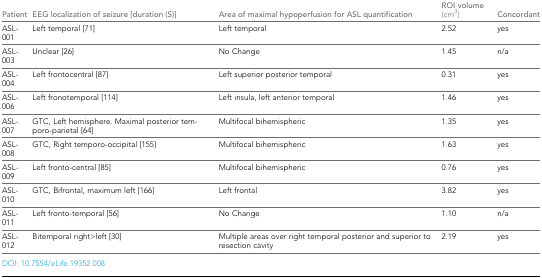
<table><thead><tr><td><b>Patient</b></td><td><b>EEG localization of seizure [duration (S)]</b></td><td><b>Area of maximal hypoperfusion for ASL quantification</b></td><td><b>ROI volume (cm<sup>3</sup>)</b></td><td><b>Concordant</b></td></tr></thead><tbody><tr><td>ASL-001</td><td>Left temporal [71]</td><td>Left temporal</td><td>2.52</td><td>yes</td></tr><tr><td>ASL-003</td><td>Unclear [26]</td><td>No Change</td><td>1.45</td><td>n/a</td></tr><tr><td>ASL-004</td><td>Left frontocentral [87]</td><td>Left superior posterior temporal</td><td>0.31</td><td>yes</td></tr><tr><td>ASL-006</td><td>Left fronotemporal [114]</td><td>Left insula, left anterior temporal</td><td>1.46</td><td>yes</td></tr><tr><td>ASL-007</td><td>GTC, Left hemisphere. Maximal posterior temporo-parietal [64]</td><td>Multifocal bihemispheric</td><td>1.35</td><td>yes</td></tr><tr><td>ASL-008</td><td>GTC, Right temporo-occipital [155]</td><td>Multifocal bihemispheric</td><td>1.63</td><td>yes</td></tr><tr><td>ASL-009</td><td>Left fronto-central [85]</td><td>Multifocal bihemispheric</td><td>0.76</td><td>yes</td></tr><tr><td>ASL-010</td><td>GTC, Bifrontal, maximum left [166]</td><td>Left frontal</td><td>3.82</td><td>yes</td></tr><tr><td>ASL-011</td><td>Left fronto-temporal [56]</td><td>No Change</td><td>1.10</td><td>n/a</td></tr><tr><td>ASL-012</td><td>Bitemporal right&gt;left [30]</td><td>Multiple areas over right temporal posterior and superior to resection cavity</td><td>2.19</td><td>yes</td></tr></tbody></table>